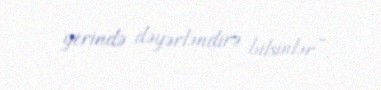
yerində dəyərləndirə bilsinlər”.